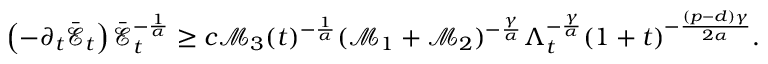
\left( - \partial _ { t } \bar { \mathcal { E } } _ { t } \right) \bar { \mathcal { E } } _ { t } ^ { - \frac { 1 } { \alpha } } \geq c \mathcal { M } _ { 3 } ( t ) ^ { - \frac 1 \alpha } ( \mathscr { M } _ { 1 } + \mathscr { M } _ { 2 } ) ^ { - \frac { \gamma } { \alpha } } \Lambda _ { t } ^ { - \frac { \gamma } { \alpha } } ( 1 + t ) ^ { - \frac { ( p - d ) \gamma } { 2 \alpha } } .